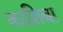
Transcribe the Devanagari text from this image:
काशिबा